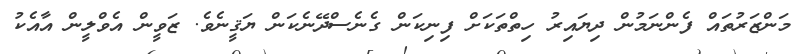
މަންޒަރުތައް ފެންނަމުން ދިޔައިރު ހިތްތަކަށް ފިނިކަން ގެނެސްދޭނެކަން ޔަޤީނެވެ. ޒަވީން އެވްލީން އާއެކު